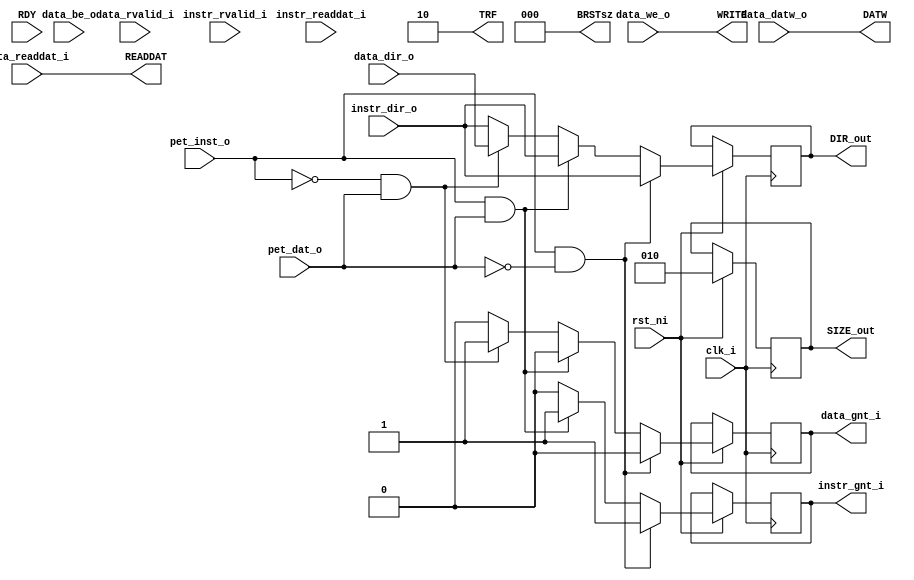
module ibex_interface (

    input wire  clk_i,
	input wire  rst_ni,

	input wire  pet_inst_o,
	input wire  instr_rvalid_i,
	input wire  [31:0] instr_dir_o,
	input wire  [31:0] instr_readdat_i,

	input wire  pet_dat_o,
	input wire  data_rvalid_i,
	input wire  data_we_o,
	input wire  [3:0] data_be_o,
	input wire  [31:0] data_dir_o,
	input wire  [31:0] data_datw_o,
	input wire  [31:0] data_readdat_i,

    output wire  instr_gnt_i,
    output wire  data_gnt_i,

    output wire   [1:0]  TRF,            // Tipo transferencia bus
    output wire   [2:0]  SIZE_out,         // Tamao de transferencia bus  
    output wire   [31:0] DIR_out,         // Direccin bus
    output wire   [2:0]  BRSTsz,            // Tamao burst
    output wire          WRITE,            // Escritura bus
    output wire  [31:0]  DATW,            //Datos escritura
    output wire  [31:0]  READDAT,		   //Datos lectura

    input  wire     RDY			    	//  parada


);

reg [31:0] DIR;
reg [2:0] SIZE;
reg RDY_T;

reg instr_gnt_t;
reg data_gnt_t;

assign TRF = 2'b10;                      //no secuandial
assign BRSTsz = 3'b000;                     //Acceso nico

assign DATW = data_datw_o;
assign READDAT = data_readdat_i;

assign WRITE = data_we_o;
      
//  Arbitraje Instru-Datos, prioridad a las Instrucciones

reg counter;

always @(posedge clk_i) begin

    counter = ~counter;
    
end


always @(posedge clk_i or negedge rst_ni)

    if (!rst_ni) begin //si reset activo a nivel bajo
        counter = 1'b0; //contador a cero
    end

    else 
    begin

		if (pet_inst_o && !pet_dat_o )   // Pide instruccin -- NO pide datos
			begin                          // proceso peticin intruccin

                DIR = instr_dir_o;
                SIZE = 3'b010;            
                data_gnt_t = 1'b0; 

                instr_gnt_t = 1'b1;         // sealizamos que la peticin ha sido tramitada

                RDY_T = RDY;

            end

        else if (pet_inst_o && pet_dat_o )     // Pide instruccin & Pide datos
			begin                           // proceso peticin intruccin

           

                DIR = instr_dir_o;
                SIZE = 3'b010;           

                instr_gnt_t = 1'b1 ;        // sealizamos que la peticin ha sido tramitada
                data_gnt_t = 1'b0;          


                RDY_T = RDY;

            end

        else if (!pet_inst_o && pet_dat_o )     // NO pide instruccin -- Pide datos
			begin                           // proceso peticin datos


         

                DIR = data_dir_o;
                SIZE = 3'b010;         

                data_gnt_t = 1'b1 ;         // sealizamos que la peticin ha sido tramitada
                instr_gnt_t = 1'b0;         
                RDY_T = RDY;

            end
        else begin				// NO pide instruccin -- NO pide datos
            
                DIR = instr_dir_o;
                SIZE = 3'b010;            

                instr_gnt_t = 1'b0;         
                data_gnt_t = 1'b0; 

                RDY_T = RDY;      
        end
    end

    assign RDY = RDY_T;
    assign DIR_out = DIR;
    assign RDY = RDY_T;
    assign SIZE_out = SIZE;

    assign instr_gnt_i = instr_gnt_t;
    assign data_gnt_i = data_gnt_t;


endmodule